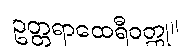
ဥတ္တရာထေရီဝတ္ထု။